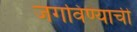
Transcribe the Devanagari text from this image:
जगविण्याची